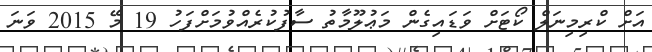
އަށް ކްރިމިނަލް ކޯޓަށް ވަޑައިގެން މަޢުލޫމާތު ސާފުކުރެއްވުމަށްފަހު 19 މޭ 2015 ވަނަ